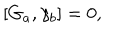
\left[ G _ { a } , \gamma _ { b } \right] = 0 ,